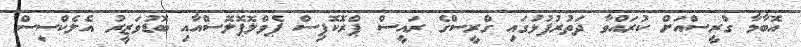
އޮބާމާ ގްރީސްއަށް ކުރައްވާ ދަތުރުފުޅުގައި ގްރީސްގެ ރައީސް ޕްރޮކޮޕިސް ޕެވްލޮޕޮލޮސްއާއި ބޮޑުވަޒީރު އެލެކްސިސް